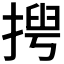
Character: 𢰻